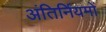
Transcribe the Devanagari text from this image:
अंतिर्नियमों